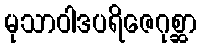
မုသာဝါဒပရိဇေဂုစ္ဆာ